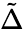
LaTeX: \tilde{\Delta}